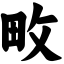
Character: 畋